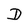
Character: D